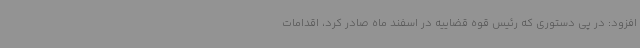
افزود: در پی دستوری که رئیس قوه قضاییه در اسفند ماه صادر کرد، اقدامات